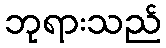
ဘုရားသည်